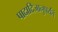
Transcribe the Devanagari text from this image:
पादादिजानुपर्यंतं